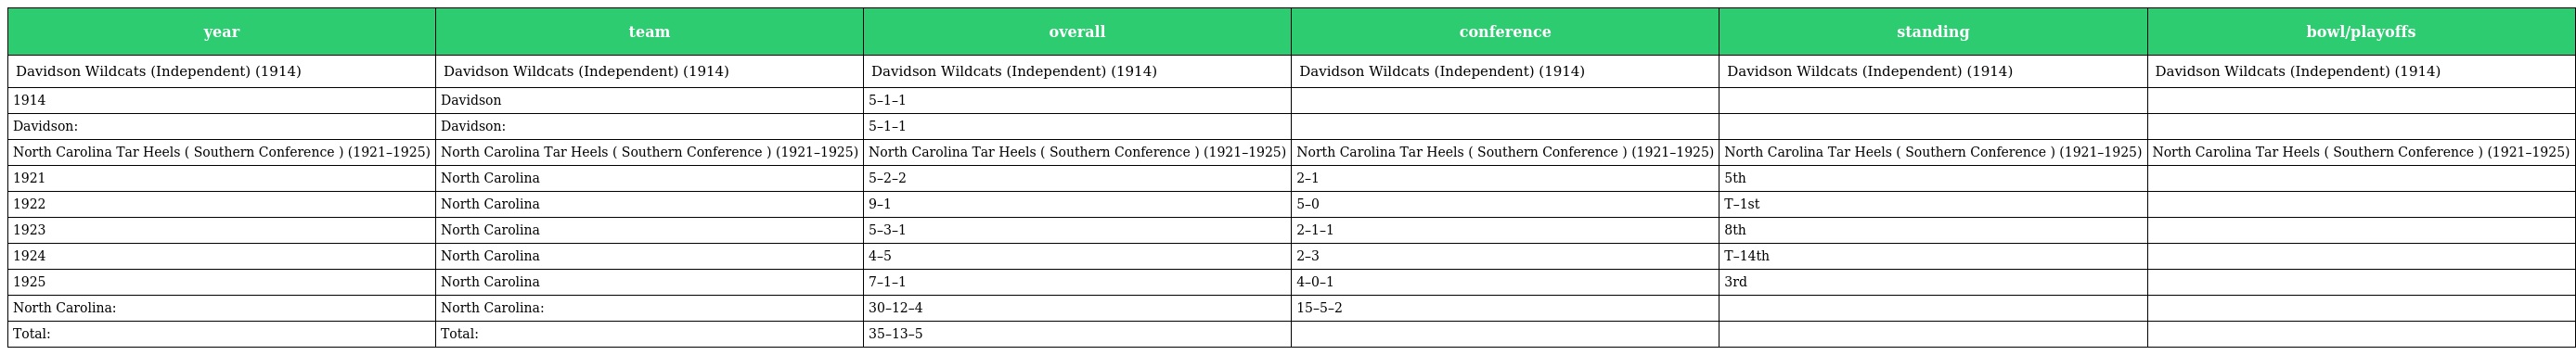
| year | team | overall | conference | standing | bowl/playoffs |
 | --- | --- | --- | --- | --- | --- |
 | Davidson Wildcats (Independent) (1914) | Davidson Wildcats (Independent) (1914) | Davidson Wildcats (Independent) (1914) | Davidson Wildcats (Independent) (1914) | Davidson Wildcats (Independent) (1914) | Davidson Wildcats (Independent) (1914) |
 | 1914 | Davidson | 5–1–1 |  |  |  |
 | Davidson: | Davidson: | 5–1–1 |  |  |  |
 | North Carolina Tar Heels ( Southern Conference ) (1921–1925) | North Carolina Tar Heels ( Southern Conference ) (1921–1925) | North Carolina Tar Heels ( Southern Conference ) (1921–1925) | North Carolina Tar Heels ( Southern Conference ) (1921–1925) | North Carolina Tar Heels ( Southern Conference ) (1921–1925) | North Carolina Tar Heels ( Southern Conference ) (1921–1925) |
 | 1921 | North Carolina | 5–2–2 | 2–1 | 5th |  |
 | 1922 | North Carolina | 9–1 | 5–0 | T–1st |  |
 | 1923 | North Carolina | 5–3–1 | 2–1–1 | 8th |  |
 | 1924 | North Carolina | 4–5 | 2–3 | T–14th |  |
 | 1925 | North Carolina | 7–1–1 | 4–0–1 | 3rd |  |
 | North Carolina: | North Carolina: | 30–12–4 | 15–5–2 |  |  |
 | Total: | Total: | 35–13–5 |  |  |  |